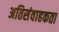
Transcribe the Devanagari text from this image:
अतिसंवाहकता